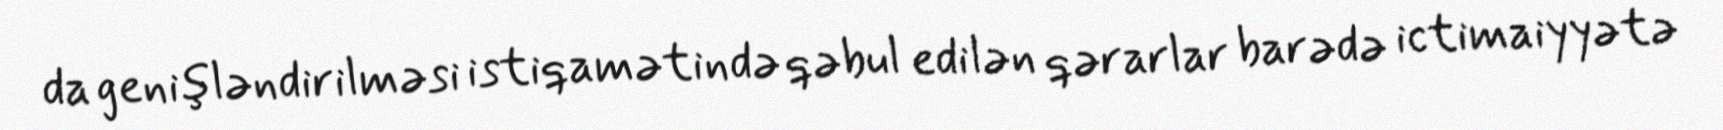
da genişləndirilməsi istiqamətində qəbul edilən qərarlar barədə ictimaiyyətə